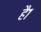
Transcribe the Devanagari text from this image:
है१